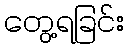
တွေ့ရခြင်း